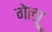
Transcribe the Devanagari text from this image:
गेल्त्रू